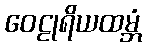
ဝေဠုရိယထမ္ဘံ